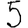
Digit: 5